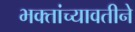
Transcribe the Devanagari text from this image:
भक्तांच्यावतीने